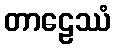
တာဠေဿံ